Civil Veterinary Department Bihar reports 1940-50 - 1940-1950
Year: 1940
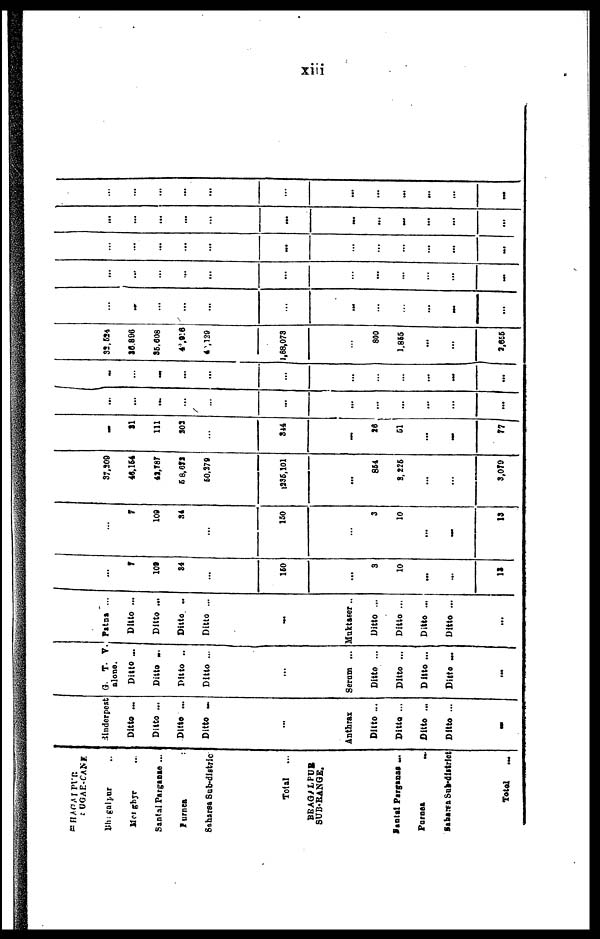
xiii
BHAGALPUR
SUGAE-CANE.
Bhagalpur ...
Monghyr ...
Santal Parganae ...
Purnea ..
Saharsa Sub-distric
Total
...
BHAGALPUR
SUB-RANGE.
Santal Parganas ...
Purnea ...
Saharsa sub-district
Total
...
Rinderpest
Ditto ...
Ditto ...
Ditto ...
Ditto ...
...
Anthrax
Ditto ...
Ditto ...
Ditto ...
Ditto ...
...
G. T. V.
alone.
Ditto ...
Ditto ..
Ditto ...
Ditto ...
...
Serum ...
Ditto ...
Ditto ...
Ditto ...
Ditto ...
...
Patna ...
Ditto ...
Ditto ...
Ditto ..
Ditto ...
...
Muktaser..
Ditto ...
Ditto ...
Ditto ...
Ditto ...
...
...
7
10»
84
...
150
...
3
10
...
...
12
...
7
109
34
...
150
...
3
10
...
-
13
37,209
44,154
42,787
58, 672
60,278
1235,101
...
854
2,225
...
...
3,079
...
21
111
203
...
344
...
26
51
...
-
77
...
...
...
...
...
...
...
...
...
...
...
...
...
...
...
...
...
...
...
...
...
...
...
...
32,524
26,896
35,608
42,216
40,129
1,88,073
...
800
1,855
...
...
2,656
...
...
...
...
...
...
...
...
...
...
...
...
...
...
...
...
...
...
...
...
...
...
...
...
...
...
...
...
...
...
...
...
...
...
...
...
...
...
...
...
...
...
...
...
...
...
...
...
...
...
...
...
...
...
...
...
...
...
...
...